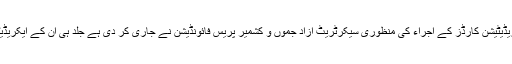
ان اداروں کے نمائندگان کے ایکریڈیٹیشن کارڈز کے اجراء کی منظوری سیکرٹریٹ آزاد جموں و کشمیر پریس فائونڈیشن نے جاری کر دی ہے جلد ہی ان کے ایکریڈیٹیشن کارڈز جاری ہو جائیں گے ۔